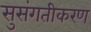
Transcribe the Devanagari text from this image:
सुसंगतीकरण